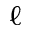
\ell